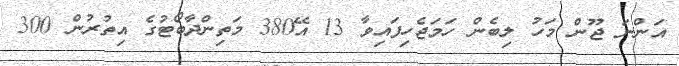
އަންނަ ޖޫން މަހު ލިބެން ހަމަޖެހިފައިވާ 13 އޭ380 މަތިންދާބޯޓުގެ އިތުރުން 300